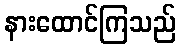
နားထောင်ကြသည်